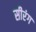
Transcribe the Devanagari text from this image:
सीरंग